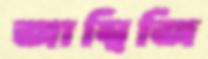
জাম্বিজি